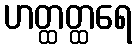
ဟတ္ထတ္ထရေ